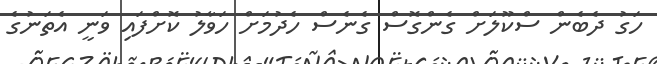
ހަގު ދެބެން ސްކޫލަށް ގެންގޮސް ގެނެސް ހެދުމަށް ހަވާލު ކޮށްފައި ވަނީ އެތަނުގެ